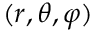
( r , \theta , \varphi )